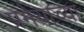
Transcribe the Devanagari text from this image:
प्रमेयाच्या